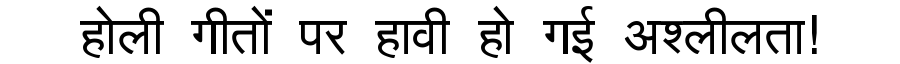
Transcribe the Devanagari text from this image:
होली गीतों पर हावी हो गई अश्लीलता!